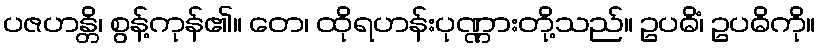
ပဇဟန္တိ၊ စွန့်ကုန်၏။ တေ၊ ထိုရဟန်းပုဏ္ဏားတို့သည်။ ဥပဓိံ၊ ဥပဓိကို။